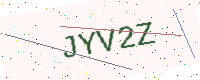
Text: JYV2Z